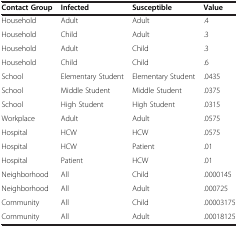
<table><thead><tr><td><b>Contact Group</b></td><td><b>Infected</b></td><td><b>Susceptible</b></td><td><b>Value</b></td></tr></thead><tbody><tr><td>Household</td><td>Adult</td><td>Adult</td><td>.4</td></tr><tr><td>Household</td><td>Child</td><td>Adult</td><td>.3</td></tr><tr><td>Household</td><td>Adult</td><td>Child</td><td>.3</td></tr><tr><td>Household</td><td>Child</td><td>Child</td><td>.6</td></tr><tr><td>School</td><td>Elementary Student</td><td>Elementary Student</td><td>.0435</td></tr><tr><td>School</td><td>Middle Student</td><td>Middle Student</td><td>.0375</td></tr><tr><td>School</td><td>High Student</td><td>High Student</td><td>.0315</td></tr><tr><td>Workplace</td><td>Adult</td><td>Adult</td><td>.0575</td></tr><tr><td>Hospital</td><td>HCW</td><td>HCW</td><td>.0575</td></tr><tr><td>Hospital</td><td>HCW</td><td>Patient</td><td>.01</td></tr><tr><td>Hospital</td><td>Patient</td><td>HCW</td><td>.01</td></tr><tr><td>Neighborhood</td><td>All</td><td>Child</td><td>.0000145</td></tr><tr><td>Neighborhood</td><td>All</td><td>Adult</td><td>.000725</td></tr><tr><td>Community</td><td>All</td><td>Child</td><td>.00003175</td></tr><tr><td>Community</td><td>All</td><td>Adult</td><td>.00018125</td></tr></tbody></table>